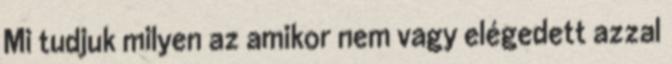
Mi tudjuk milyen az amikor nem vagy elégedett azzal